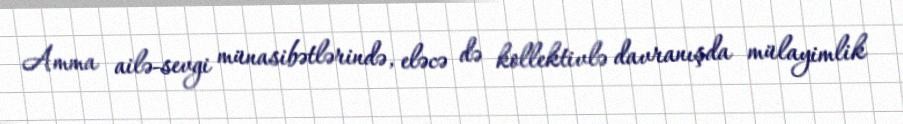
Amma ailə-sevgi münasibətlərində, eləcə də kollektivlə davranışda mülayimlik